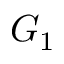
G _ { 1 }